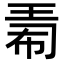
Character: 𪻟